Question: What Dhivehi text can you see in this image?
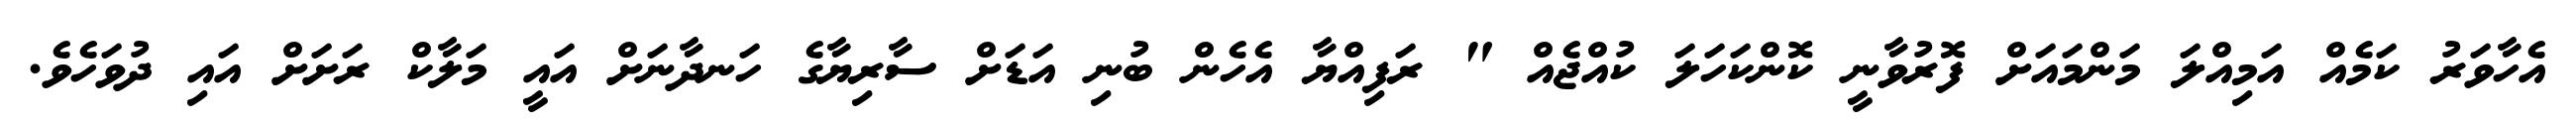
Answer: އެހާވަރު ކަމެއް އަމިއްލަ މަންމައަށް ފޮރުވާނީ ކޮންކަހަލަ ކުއްޖެއް " ރަފިއްޔާ އެހެން ބުނި އަޑަށް ސާރިޔާގެ ހަނދާނަށް އައީ މަލާކް ރަށަށް އައި ދުވަހެވެ.